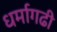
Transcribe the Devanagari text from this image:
धर्मागढी